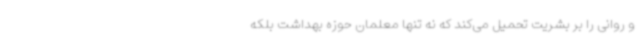
و روانی را بر بشریت تحمیل می‌کند که نه تنها معلمان حوزه بهداشت بلکه